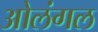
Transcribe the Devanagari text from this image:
ओलंगल